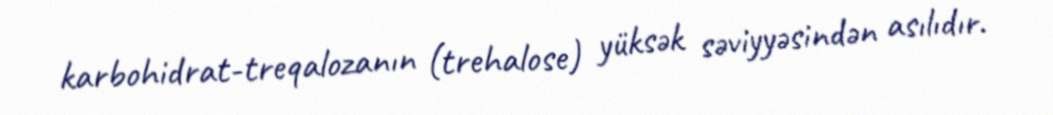
karbohidrat-treqalozanın (trehalose) yüksək səviyyəsindən asılıdır.